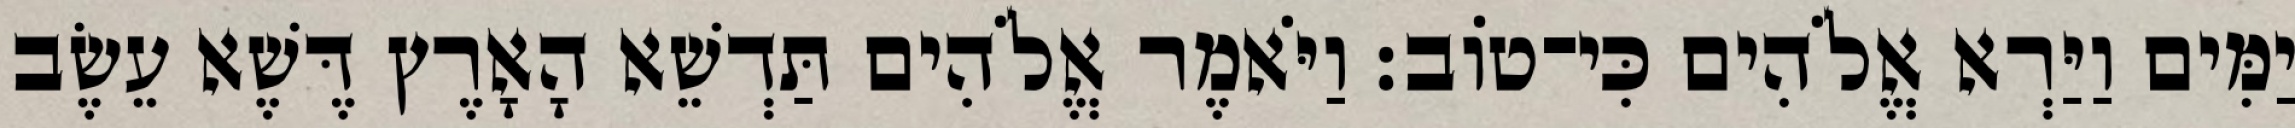
יַמִּים וַיַּרְא אֱלֹהִים כִּי־טֹוב׃ וַיֹּאמֶר אֱלֹהִים תַּדְשֵׁא הָאָרֶץ דֶּשֶׁא עֵשֶׂב